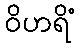
ဝိဟရိံ